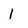
Character: I